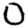
Digit: 0